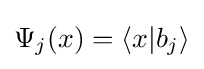
\Psi _{j}(x)=\left\langle x|b_{j}\right\rangle